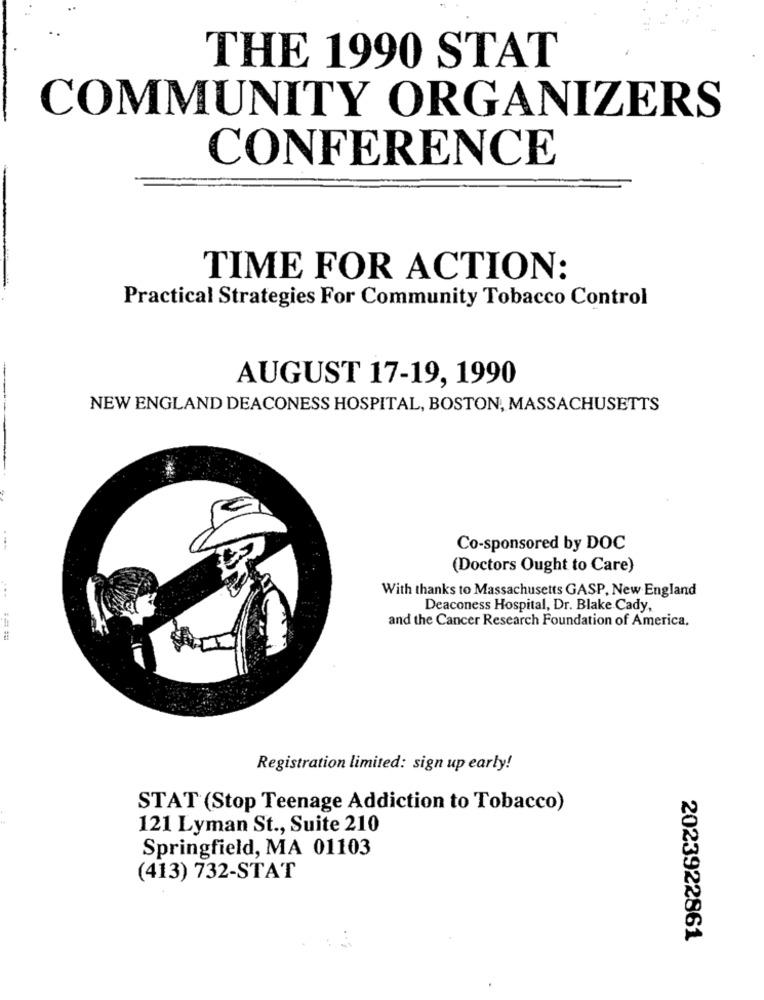
THE 1990 STAT
COMMUNITY ORGANIZERS
CONFERENCE
TIME FOR ACTION:
Practical Strategies For Community Tobacco Control
AUGUST 17-19, 1990
NEW ENGLAND DEACONESS HOSPITAL, BOSTON, MASSACHUSETTS
Co-sponsored by DOC
(Doctors Ought to Care)
...
With thanks to Massachusetts GASP, New England
Deaconess Hospital, Dr. Blake Cady,
and the Cancer Research Foundation of America.
== ==
Registration limited: sign up early!
STAT (Stop Teenage Addiction to Tobacco)
121 Lyman St ., Suite 210
Springfield, MA 01103
(413) 732-STAT
2023922861